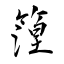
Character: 篞